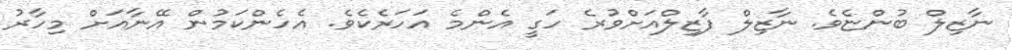
ނާޒިލް ބުންޏެވެ. ނާޒިލް ފާޒިލްއަށްވުރެ ހަގީ އެންމެ އަހަރެކެވެ. އެހެންކަމުން އޭނާއަށް މިހާރު